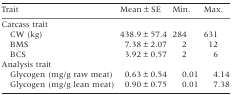
<table><thead><tr><td><b>Trait</b></td><td><b>Mean ± SE</b></td><td><b>Min.</b></td><td><b>Max.</b></td></tr></thead><tbody><tr><td>Carcass trait</td><td></td><td></td><td></td></tr><tr><td> CW (kg)</td><td>438.9 ± 57.4</td><td>284</td><td>631</td></tr><tr><td> BMS</td><td>7.38 ± 2.07</td><td>2</td><td>12</td></tr><tr><td> BCS</td><td>3.92 ± 0.57</td><td>2</td><td>6</td></tr><tr><td>Analysis trait</td><td></td><td></td><td></td></tr><tr><td> Glycogen (mg/g raw meat)</td><td>0.63 ± 0.54</td><td>0.01</td><td>4.14</td></tr><tr><td> Glycogen (mg/g lean meat)</td><td>0.90 ± 0.75</td><td>0.01</td><td>7.38</td></tr></tbody></table>